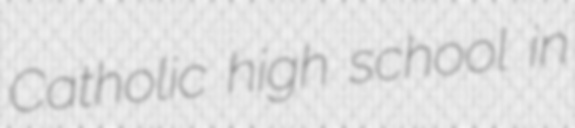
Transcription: Catholic high school in